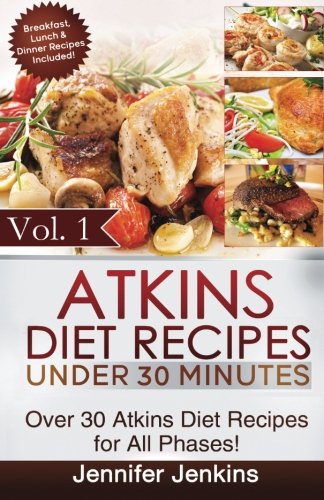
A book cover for Atkins Diet Recipes Under 30 Minutes: Over 30 Atkins Recipes For All Phases (Includes Atkins Induction Recipes) (Atkins Diet Cookbook) (Volume 1); Jennifer Jenkins; Health, Fitness & Dieting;